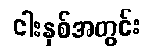
ငါးနှစ်အတွင်း